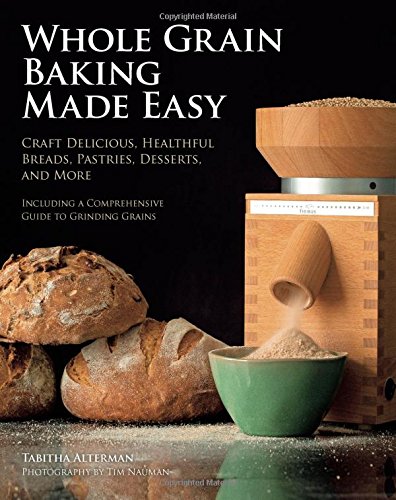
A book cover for Whole Grain Baking Made Easy: Craft Delicious, Healthful Breads, Pastries, Desserts, and More - Including a Comprehensive Guide to Grinding Grains; Tabitha Alterman; Cookbooks, Food & Wine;